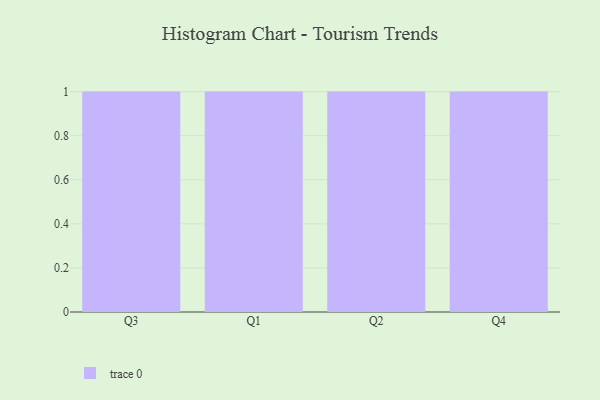
{"axis": {"x": "Quarter", "y": "Latency (ms)"}, "legend": [""], "data": [{"x": "Q3", "y": 8, "type": ""}, {"x": "Q1", "y": 70, "type": ""}, {"x": "Q2", "y": 43, "type": ""}, {"x": "Q4", "y": 90, "type": ""}]}